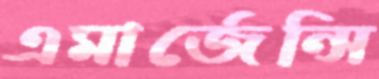
এমার্জেন্সি